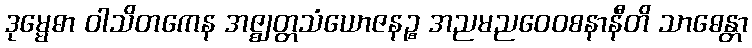
ဒုမ္မေဓာ ဝါသိတကေန အဇ္ဈတ္တသံယောဇနဉ္စ အညမညဝေဝစနာနီတိ သာဓေန္တာ